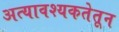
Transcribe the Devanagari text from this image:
अत्यावश्यकतेतून